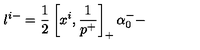
l ^ { i - } = \frac { 1 } { 2 } \left[ x ^ { i } , \frac { 1 } { p ^ { + } } \right] _ { + } \alpha _ { 0 } ^ { - } -